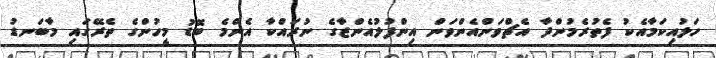
ހަލުއިކަމާއެކު ފެތުރެމުންދާ އެޗްވަންއެންވަން އިންފުލުއެންޒާގެ ނުރައްކާ އެންމެ ބޮޑު މީހުންގެ ތެރޭގައި މާބަނޑު